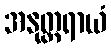
အနုတ္တရာယံ